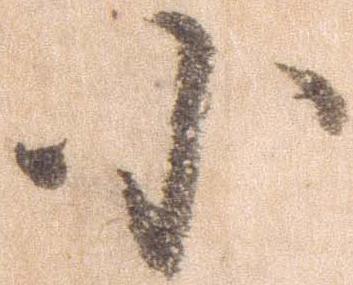
小